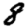
Digit: 8